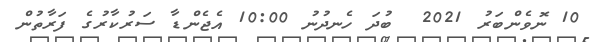
10 ނޮވެންބަރު 2021  ބުދަ ހެނދުނު 10:00 އެޖެންޑާ ސަރުކާރުގެ ފަރާތުން